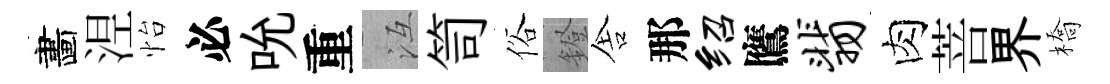
畵𣵀怡必吮重冱笥俗鐙舎那绍鷹翡肉菩界橋